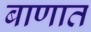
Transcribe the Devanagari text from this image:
बाणात